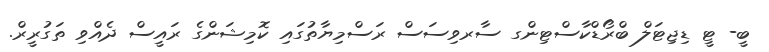
ބީ- ޓީ ޑިޖިޓަލް ބްރޯޑްކާސްޓިންގ ސާރވިސަސް ރަސްމިޔާތުގައި ކޮމިޝަންގެ ރައީސް ދެއްވި ތަގުރީރް.